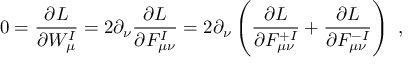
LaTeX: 0 = \frac { \partial { \cal L } } { \partial W _ { \mu } ^ { I } } = 2 \partial _ { \nu } \frac { \partial { \cal L } } { \partial { \cal F } _ { \mu \nu } ^ { I } } = 2 \partial _ { \nu } \left( \frac { \partial { \cal L } } { \partial { \cal F } _ { \mu \nu } ^ { + I } } + \frac { \partial { \cal L } } { \partial { \cal F } _ { \mu \nu } ^ { - I } } \right) \ ,